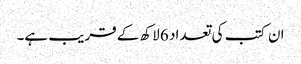
ان کتب کی تعداد 6 لاکھ کے قریب ہے۔